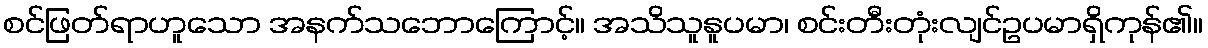
စင်ဖြတ်ရာဟူသော အနက်သဘောကြောင့်။ အသိသူနူပမာ၊ စင်းတီးတုံးလျင်ဥပမာရှိကုန်၏။